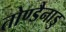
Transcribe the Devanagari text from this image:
तोण्डैनाडु